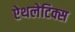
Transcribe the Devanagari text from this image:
ऐथलेटिक्स